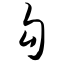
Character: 勾